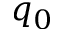
q _ { 0 }